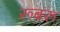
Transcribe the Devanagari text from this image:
रूबरु